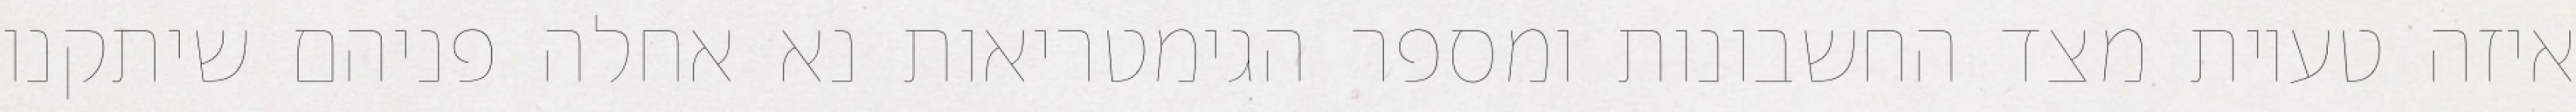
איזה טעיות מצד החשבונות ומספר הגימטריאות נא אחלה פניהם שיתקנו